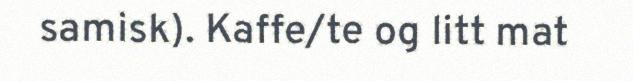
samisk). Kaffe/te og litt mat